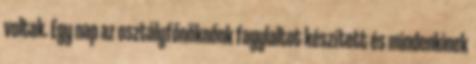
voltak. Egy nap az osztályfőnöknőnk fagylaltot készített és mindenkinek